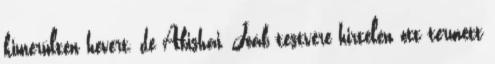
kimerülten hevert, de Abishai, Joáb testvére hirtelen ott termett